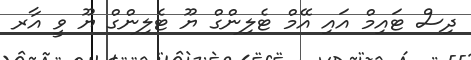
ދިސް ޓައިމް އައި އޭމް ޓެލިންގް ޔޫ ޓެލިންގް ޔޫ ވީ އާރ